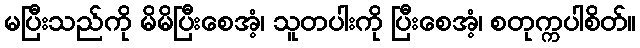
မပြီးသည်ကို မိမိပြီးစေအံ့၊ သူတပါးကို ပြီးစေအံ့၊ စတုက္ကပါစိတ်။